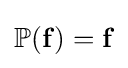
{\mathbb {P} }({\mathbf {f} })={\mathbf {f} }